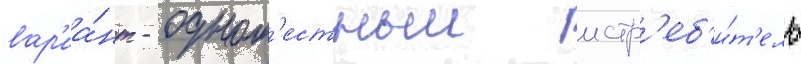
вар'иа́нт - одном'естныи истр'еб'и́т'ель